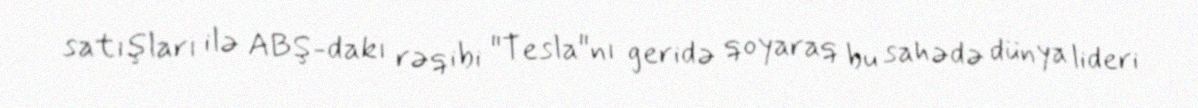
satışları ilə ABŞ-dakı rəqibi "Tesla"nı geridə qoyaraq bu sahədə dünya lideri